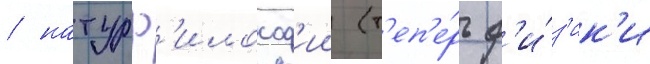
/ натурф'илософ'ии (т'еп'е́рь ф'и́з'ик'и